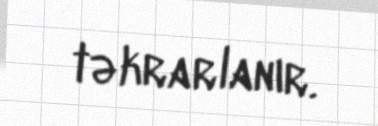
təkrarlanır.